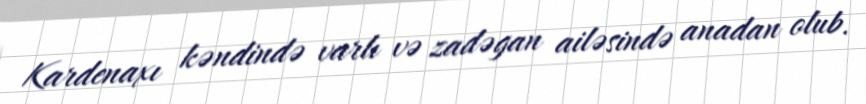
Kardenaxı kəndində varlı və zadəgan ailəsində anadan olub.